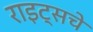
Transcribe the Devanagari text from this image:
राइट्सचे